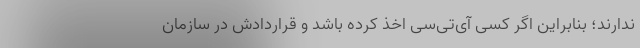
ندارند؛ بنابراین اگر کسی آی‌تی‌سی اخذ کرده باشد و قراردادش در سازمان